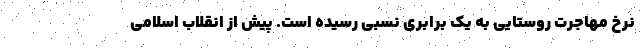
نرخ مهاجرت روستایی به یک برابری نسبی رسیده است. پیش از انقلاب اسلامی